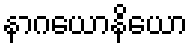
နာဂယောနိယော